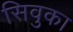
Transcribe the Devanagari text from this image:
सिवुका